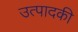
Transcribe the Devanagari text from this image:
उत्पादकी